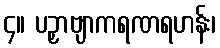
၄။ ပဉှာဗျာကရဏရဟန်း၊